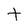
Character: t